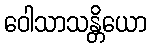
ဝေါသာသန္တိယော